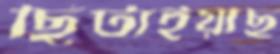
ছিটাইয়াছ